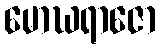
မောဃရာဇော